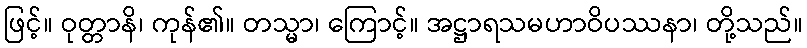
ဖြင့်။ ဝုတ္တာနိ၊ ကုန်၏။ တသ္မာ၊ ကြောင့်။ အဋ္ဌာရသမဟာဝိပဿနာ၊ တို့သည်။